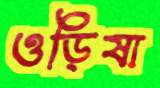
ওড়িষা